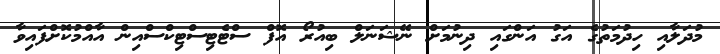
މުދަލާއި ހިދުމަތުގެ އަގު އަންގައި ދިނުމަށް ނޭޝަނަލް ބިއުރޯ އޮފް ސްޓެޓިސްޓިކްސްއިން އާއްމުކޮށްފައިވާ